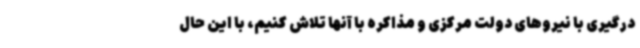
درگیری با نیروهای دولت مرکزی و مذاکره با آنها تلاش کنیم، با این حال